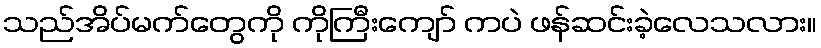
သည်အိပ်မက်တွေကို ကိုကြီးကျော် ကပဲ ဖန်ဆင်းခဲ့လေသလား။